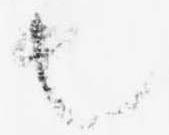
也